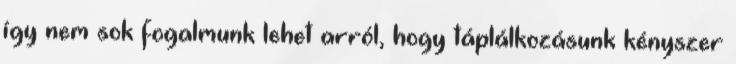
így nem sok fogalmunk lehet arról, hogy táplálkozásunk kényszer